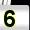
Digit: 5